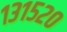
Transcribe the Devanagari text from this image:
१३१५२०